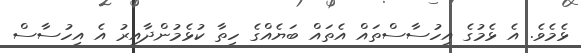
ޅެމެވެ. އެ ޅެމުގެ އިހުސާސްތައް އެތައް ބަޔެއްގެ ހިތާ ކުޅެމުންދާއިރު އެ އިހުސާސް